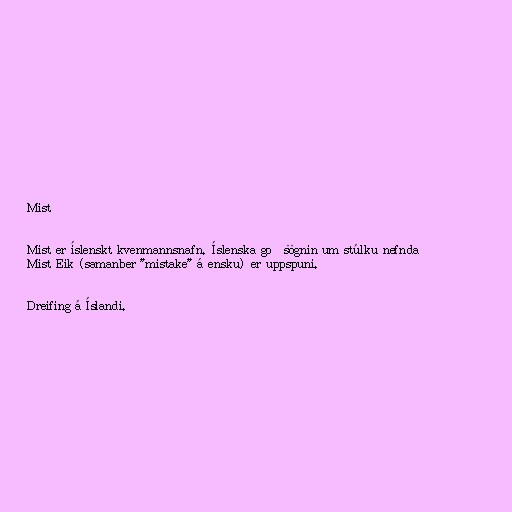
Mist

Mist er íslenskt kvenmannsnafn. Íslenska goðsögnin um stúlku nefnda
Mist Eik (samanber "mistake" á ensku) er uppspuni.

Dreifing á Íslandi.